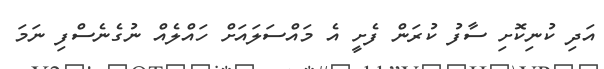
އަދި ކުނިކޮށި ސާފު ކުރަން ފެށީ އެ މައްސަލައަށް ހައްލެއް ނުގެނެސްފި ނަމަ